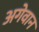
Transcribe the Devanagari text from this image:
अगेवान